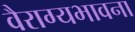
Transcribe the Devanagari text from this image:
वैराग्यभावना